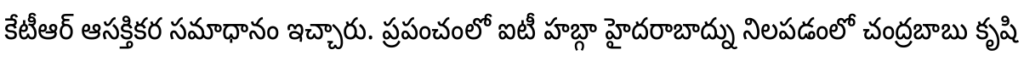
కేటీఆర్ ఆసక్తికర సమాధానం ఇచ్చారు. ప్రపంచంలో ఐటీ హబ్గా హైదరాబాద్ను నిలపడంలో చంద్రబాబు కృషి